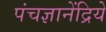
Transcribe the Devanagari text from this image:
पंचज्ञानेंद्रिये